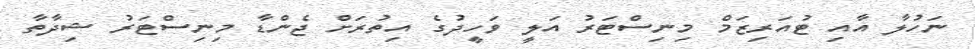
ނަހުލާ އާއި ޓުއަރިޒަމް މިނިސްޓަރު އަލީ ވަހީދުގެ އިތުރަށް ޖެންޑާ މިނިސްޓަރު ޝިދާތާ